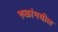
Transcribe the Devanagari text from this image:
रुळांमधील